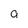
Character: a